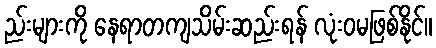
ည်းများကို နေရာတကျသိမ်းဆည်းရန် လုံးဝမဖြစ်နိုင်။